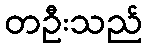
တဦးသည်